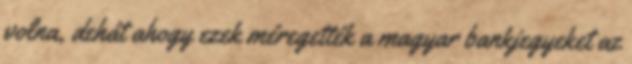
volna, dehát ahogy ezek méregették a magyar bankjegyeket az